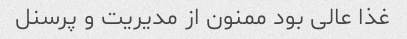
غذا عالی بود ممنون از مدیریت و پرسنل